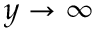
y \rightarrow \infty